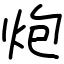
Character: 炮